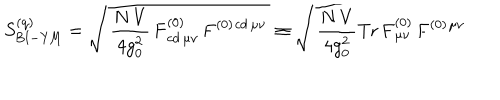
S _ { \mathrm { B I - Y M } } ^ { ( \mathrm { q } ) } = \sqrt { \, { \frac { N \, V } { 4 g _ { 0 } ^ { 2 } } } \, \mathbf { F } _ { c d \, \mu \nu } ^ { ( 0 ) } \, \mathbf { F } ^ { ( 0 ) } { } ^ { c d \, \mu \nu } \, } \equiv \sqrt { \, { \frac { N \, V } { 4 g _ { 0 } ^ { 2 } } } \mathrm { T r } \, \mathbf { F } _ { \mu \nu } ^ { ( 0 ) } \, \mathbf { F } ^ { ( 0 ) } { } ^ { \mu \nu } \, }